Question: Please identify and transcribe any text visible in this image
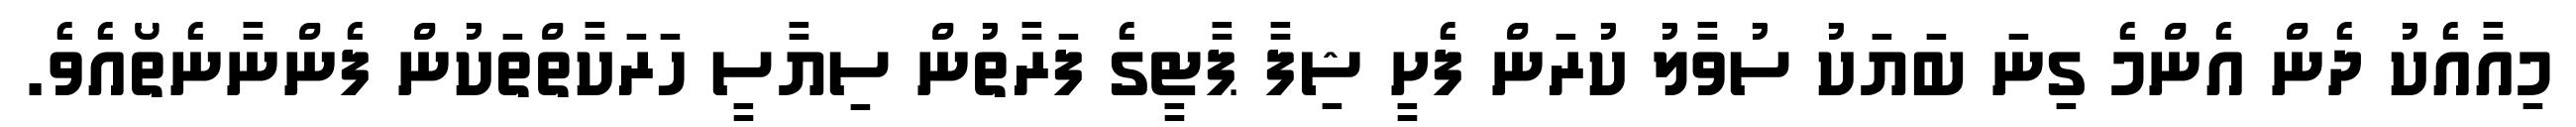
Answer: މިއާއެކު ދެން އެންމެ ގިނަ ބަޔަކު ސުވާލު ކުރަން ފެށީ ޝިފާ ޕާޓީގެ ފަރާތުން ސިޔާސީ ހަރަކާތްތަކުން ފެންނާނެތޯއެވެ.